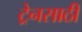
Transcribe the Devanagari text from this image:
ट्रेनसाठी